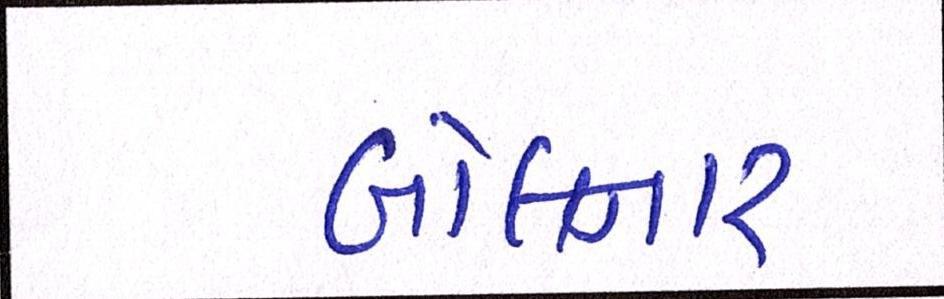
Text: બોલનાર